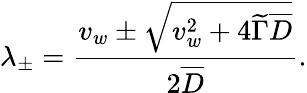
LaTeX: \lambda_{\pm}=\frac{v_{w}\pm\sqrt{v_{w}^{2}+4\widetilde{\Gamma}\overline{{{D}}}}}{2\overline{{{D}}}}.